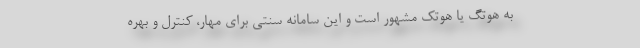
به هوتِگ یا هوتک مشهور است و این سامانه سنتی برای مهار، کنترل و بهره